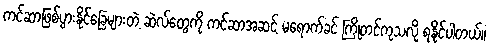
ကင်ဆာဖြစ်ပွားနိုင်ခြေများတဲ့ ဆဲလ်တွေကို ကင်ဆာအဆင့် မရောက်ခင် ကြိုတင်ကုသလို့ ရနိုင်ပါတယ်။